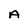
Character: A